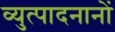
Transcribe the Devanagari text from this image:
व्युत्पादनानों